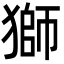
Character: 獅